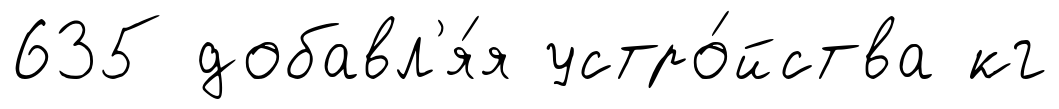
635 добавл'я́я устро́йства кг